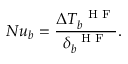
N u _ { b } = \frac { \Delta T _ { b } ^ { \mathrm { ~ \scriptsize ~ H ~ F ~ } } } { \delta _ { b } ^ { \mathrm { ~ \scriptsize ~ H ~ F ~ } } } .